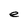
Character: e